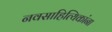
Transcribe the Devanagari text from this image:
नवसाहित्यिकांना